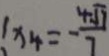
\vert x _ { 4 } = - \frac { 4 \sqrt { 7 } } { 7 }